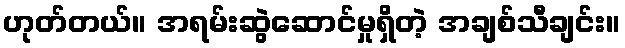
ဟုတ်တယ်။ အရမ်းဆွဲဆောင်မှုရှိတဲ့ အချစ်သီချင်း။